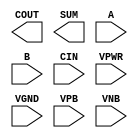
module sky130_fd_sc_ms__fahcin (
    COUT,
    SUM ,
    A   ,
    B   ,
    CIN ,
    VPWR,
    VGND,
    VPB ,
    VNB
);

    output COUT;
    output SUM ;
    input  A   ;
    input  B   ;
    input  CIN ;
    input  VPWR;
    input  VGND;
    input  VPB ;
    input  VNB ;
endmodule